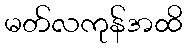
မတ်လကုန်အထိ